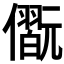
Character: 𠐢